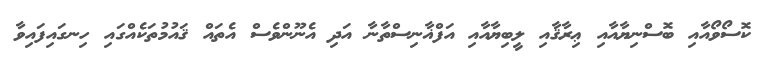
ކޮސޯވޯއާއި ބޮސްނިޔާއާއި ޢިރާޤާއި ލީބިޔާއާއި އަފްޣާނިސްތާނާ އަދި އެނޫންވެސް އެތައް ޤައުމުތަކެއްގައި ހިނގައިފައިވާ